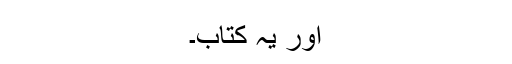
اور یہ کتاب۔